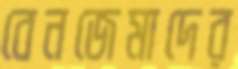
বেনজেমাদের